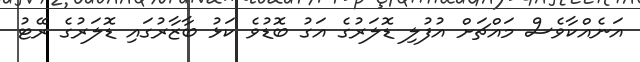
އަނެއްކާވެސް މައްޗަށް އުފުލި ޑޮލަރުގެ އަގު ބޮޑުވެ ކަޅު ބާޒާރުގައި ޑޮލަރުގެ ރޭޓު